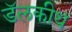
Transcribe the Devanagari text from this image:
डॅलकीथ